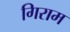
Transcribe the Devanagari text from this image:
गिराम